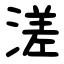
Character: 溠